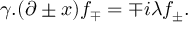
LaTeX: \gamma . ( \partial \pm x ) f _ { \mp } = \mp i \lambda f _ { \pm } .